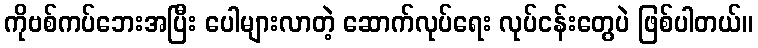
ကိုဗစ်ကပ်ဘေးအပြီး ပေါများလာတဲ့ ဆောက်လုပ်ရေး လုပ်ငန်းတွေပဲ ဖြစ်ပါတယ်။